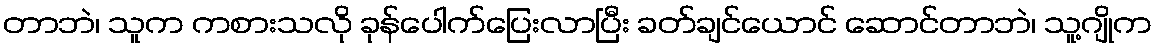
တာဘဲ၊ သူက ကစားသလို ခုန်ပေါက်ပြေးလာပြီး ခတ်ချင်ယောင် ဆောင်တာဘဲ၊ သူ့ဂျိုက